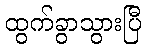
ထွက်ခွာသွားပြီ